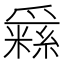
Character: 𤔳